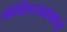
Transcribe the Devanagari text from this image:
ऑक्सिजनामध्ये